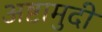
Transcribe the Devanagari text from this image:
अष्टामुदी